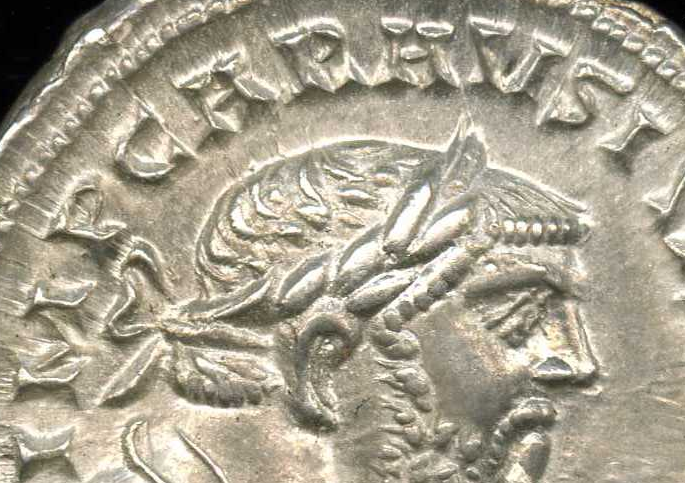
IMPCHPHVSI